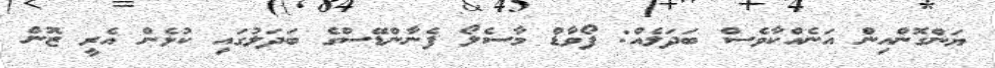
ޔަންގޮންއިން އަނެއްކާވެސް ބަދަލެއް: ފޯވާޑް މާސެލޯ ފެނާންޑޭސްގެ ބަދަލުގައި ކުޅެން އެރީ ޒޮން